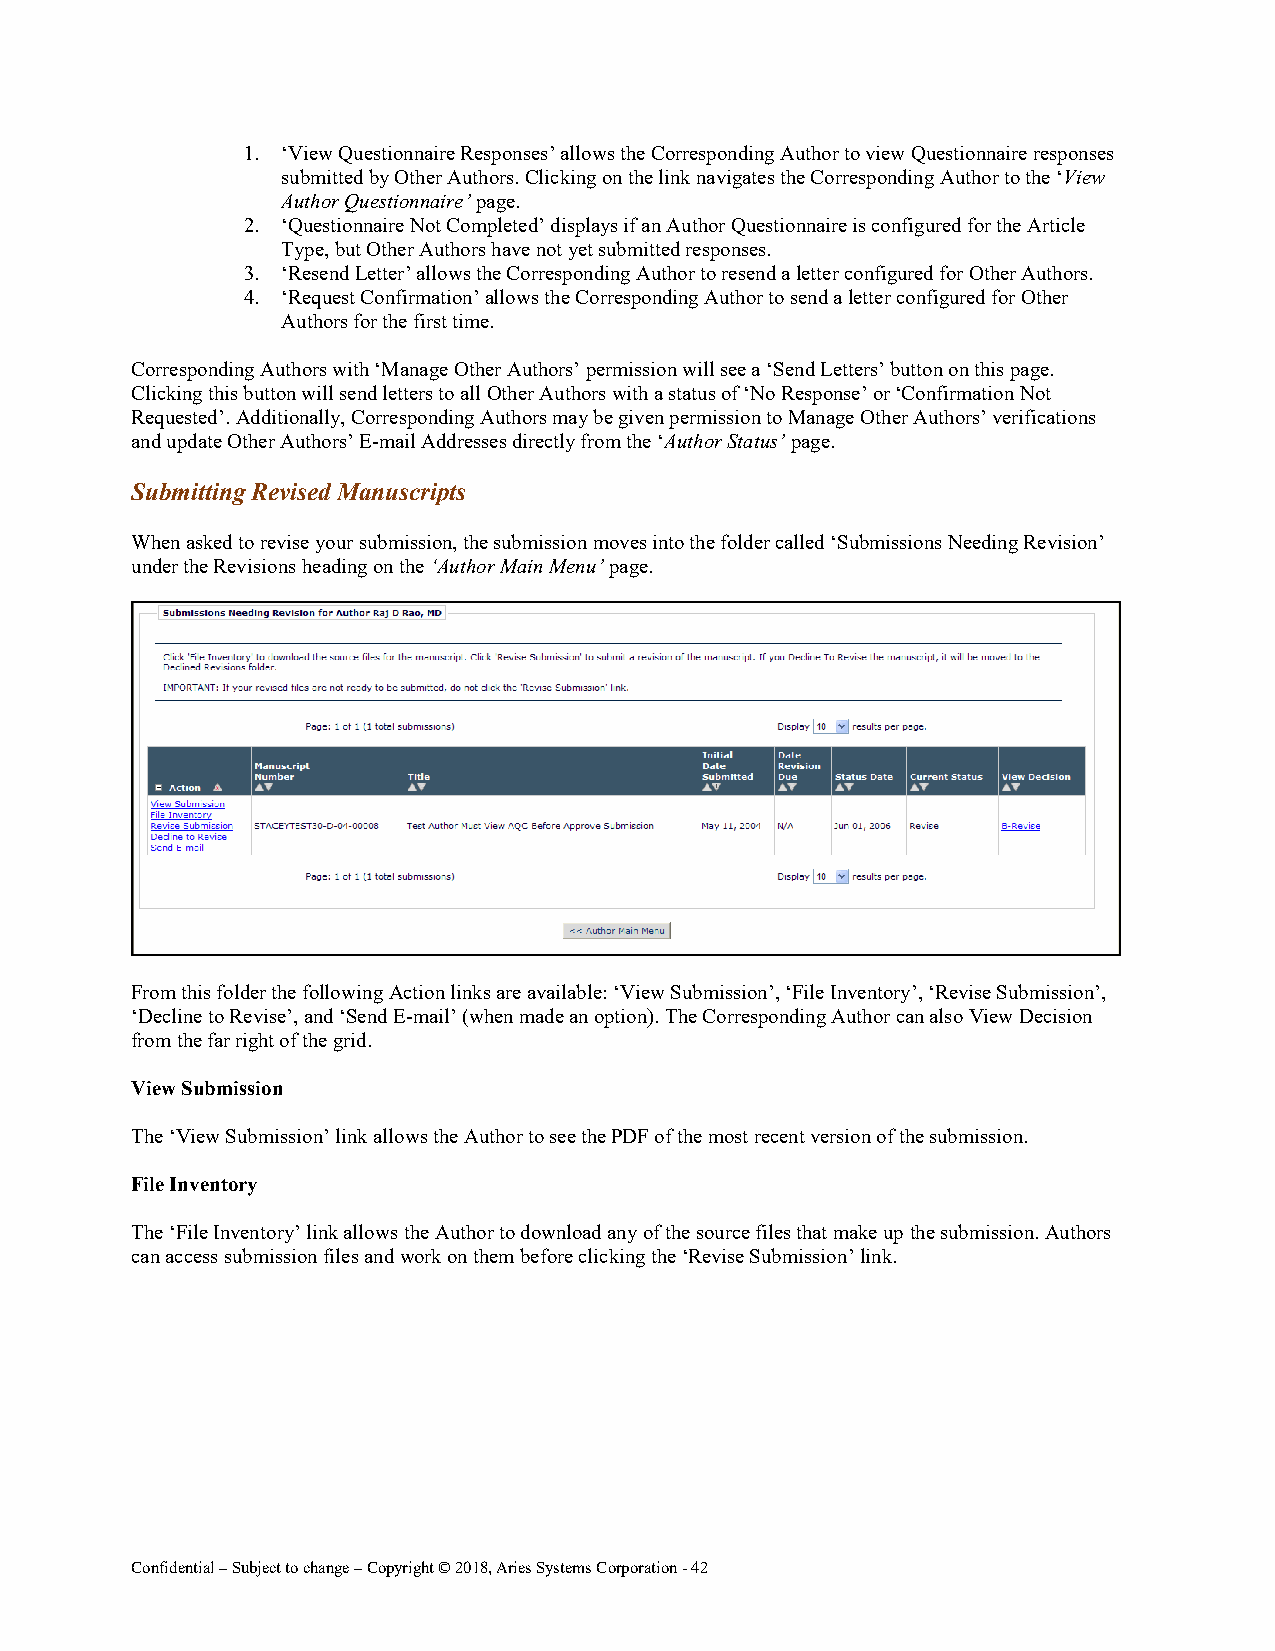
1. ‘View Questionnaire Responses’ allows the Corresponding Author to view Questionnaire responses
 submitted by Other Authors. Clicking on the link navigates the Corresponding Author to the ‘View
 Author Questionnaire’ page.
 2. ‘Questionnaire Not Completed’ displays if an Author Questionnaire is configured for the Article
 Type, but Other Authors have not yet submitted responses.
 3. ‘Resend Letter’ allows the Corresponding Author to resend a letter configured for Other Authors.
 4. ‘Request Confirmation’ allows the Corresponding Author to send a letter configured for Other
 Authors for the first time.
 Corresponding Authors with ‘Manage Other Authors’ permission will see a ‘Send Letters’ button on this page.
 Clicking this button will send letters to all Other Authors with a status of ‘No Response’ or ‘Confirmation Not
 Requested’. Additionally, Corresponding Authors may be given permission to Manage Other Authors’ verifications
 and update Other Authors’ E-mail Addresses directly from the ‘Author Status’ page.
 Submitting Revised Manuscripts
 When asked to revise your submission, the submission moves into the folder called ‘Submissions Needing Revision’
 under the Revisions heading on the ‘Author Main Menu’ page.
 From this folder the following Action links are available: ‘View Submission’, ‘File Inventory’, ‘Revise Submission’,
 ‘Decline to Revise’, and ‘Send E-mail’ (when made an option). The Corresponding Author can also View Decision
 from the far right of the grid.
 View Submission
 The ‘View Submission’ link allows the Author to see the PDF of the most recent version of the submission.
 File Inventory
 The ‘File Inventory’ link allows the Author to download any of the source files that make up the submission. Authors
 can access submission files and work on them before clicking the ‘Revise Submission’ link.
 Confidential – Subject to change – Copyright © 2018, Aries Systems Corporation - 42